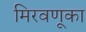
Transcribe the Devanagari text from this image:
मिरवणूका